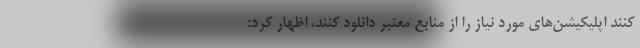
کنند اپلیکیشن‌های مورد نیاز را از منابع معتبر دانلود کنند، اظهار کرد: